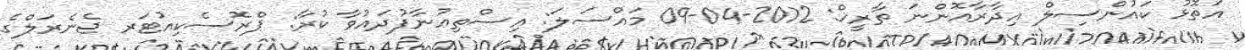
އަތޮޅު ކައުންސިލް އިދާރާއޮންނަ ތާރީޚް: 2012-04-09 މައްސަލަ: އިސްތިޢުނާފުދައުވާ ކުރާ: ޕްރޮސެކިއުޓަރ ޖެނެރަލްގެ